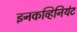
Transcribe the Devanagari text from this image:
इनकव्हिनियंट